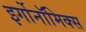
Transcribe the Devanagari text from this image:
इर्गोनॉमिक्स